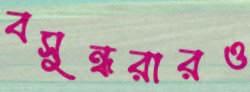
বসুন্ধরারও